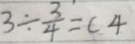
3 \div \frac { 3 } { 4 } = ( 4